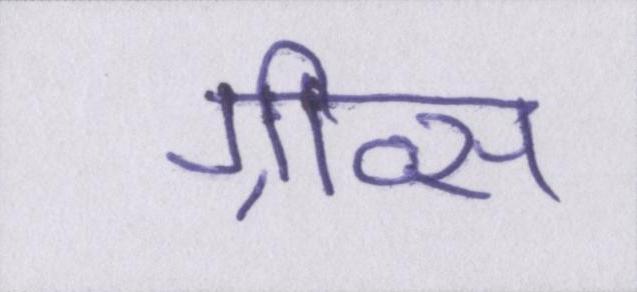
ग्रीव्स